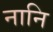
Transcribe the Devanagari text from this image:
नानि